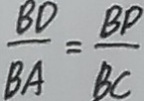
\frac { B D } { B A } = \frac { B P } { B C }